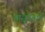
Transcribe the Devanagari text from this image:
वासुदेवाने